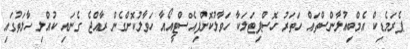
ޕެރަމެޑިކް އެމްބިއުލާންސްތައް ހަތަރު ހޮސްޕިޓަލަކާ ހަވާލުކޮށްފިއެސްޓީއޯއާ ހަވާލުކޮށްގެން ރާއްޖެ ގެނައި ކުއްލި ހާލަތުގައި